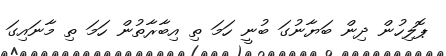
ޕޮލިހުން ދިން ބަޔާނުގަ ބުނީ ހަމަ ތި އިބާރާތުން ހަމަ ތި މާނައިގަ